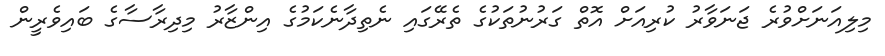
މިލިއަނަށްވުރެ ޖަނަވާރު ކުރިއަށް އޮތް ގަރުނުތަކުގެ ތެރޭގައި ނެތިދާނެކަމުގެ އިންޒާރު މިދިރާސާގެ ބައިވެރީން